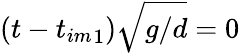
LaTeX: (t-{t_{im}}_{1})\sqrt{g/d}=0